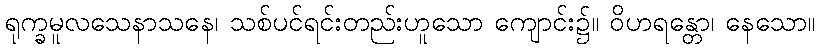
ရုက္ခမူလသေနာသနေ၊ သစ်ပင်ရင်းတည်းဟူသော ကျောင်း၌။ ဝိဟရန္တော၊ နေသော။